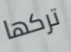
تركها